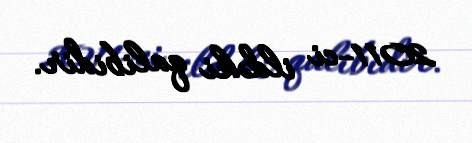
2011-ci ildəki qalibidir.